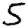
Digit: 5